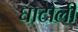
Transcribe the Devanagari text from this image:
घाटौली